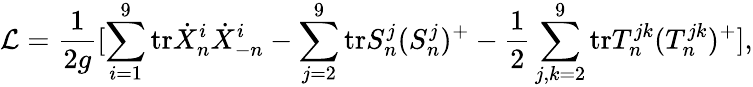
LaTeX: {\cal L}=\frac{1}{2g}[\sum_{i=1}^{9}\mathrm{tr}\dot{X}_{n}^{i}\dot{X}_{-n}^{i}-\sum_{j=2}^{9}\mathrm{tr}S_{n}^{j}(S_{n}^{j})^{+}-\frac{1}{2}\sum_{j,k=2}^{9}\mathrm{tr}T_{n}^{jk}(T_{n}^{jk})^{+}],